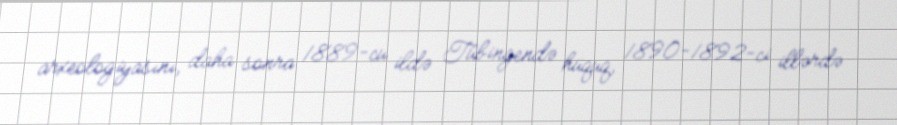
arxeologiyasını, daha sonra 1889-cu ildə Tübingendə hüquq, 1890-1892-ci illərdə